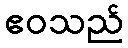
ဧဝသည်